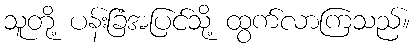
သူတို့ ပန်းခြံအပြင်သို့ ထွက်လာကြသည်။